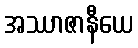
အဿာဇာနီယေ